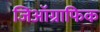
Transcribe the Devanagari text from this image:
जिऑग्राफिक